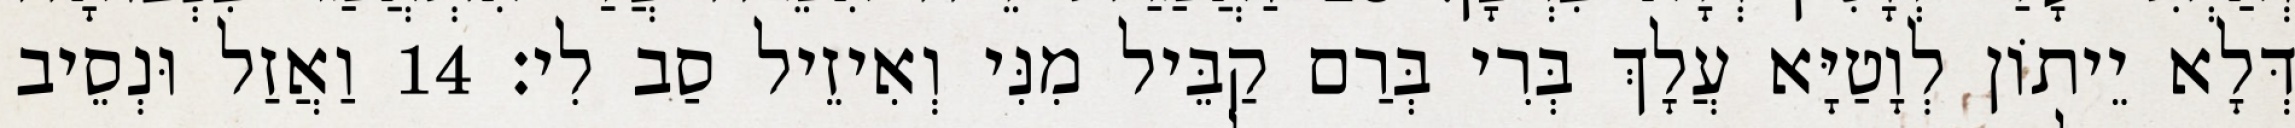
דְּלָא יֵיתוֹן לְוָטַיָּא עֲלָךְ בְּרִי בְּרַם קַבֵּיל מִנִּי וְאִיזֵיל סַב לִי׃ 14 וַאֲזַל וּנְסֵיב